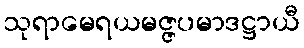
သုရာမေရယမဇ္ဇပမာဒဋ္ဌာယီ